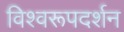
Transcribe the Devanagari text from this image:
विश्‍वरूपदर्शन